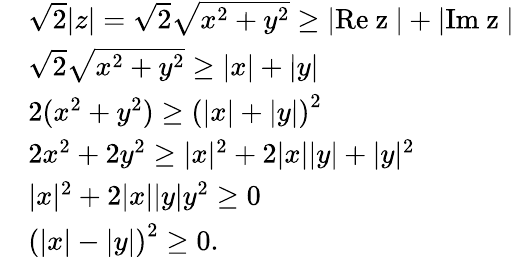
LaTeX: \begin{array}{rl}&{\sqrt{2}\lvert z\rvert=\sqrt{2}\sqrt{x^{2}+y^{2}}\geq\lvert\mathrm{Re~z~}\rvert+\lvert\mathrm{Im~z~}\rvert}\\ &{\sqrt{2}\sqrt{x^{2}+y^{2}}\geq\lvert x\rvert+\lvert y\rvert}\\ &{2(x^{2}+y^{2})\geq\left(\lvert x\rvert+\lvert y\rvert\right)^{2}}\\ &{2x^{2}+2y^{2}\geq\lvert x\rvert^{2}+2\lvert x\rvert\lvert y\rvert+\lvert y\rvert^{2}}\\ &{\lvert x\rvert^{2}+2\lvert x\rvert\lvert y\rvert y^{2}\geq 0}\\ &{\left(\lvert x\rvert-\lvert y\rvert\right)^{2}\geq 0.}\end{array}